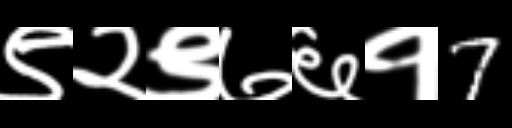
Text: ९२९७६१7